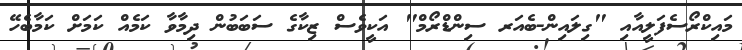
މައިކްރޯސެފަލީއާއި "ގިލައިން-ބެއަރ ސިންޑްރޯމް" އަކީވެސް ޒިކާގެ ސަބަބުން ދިމާވާ ކަމެއް ކަމަށް ކަމާބެހޭ